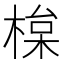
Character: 𣕘